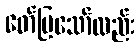
ဖော်ပြသော်လည်း